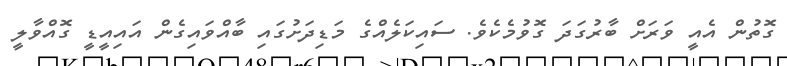
ގޮތުން އެއީ ވަރަށް ބާރުގަަދަ ގޮވުމެކެވެ. ސައިކަލެއްގެ މަޑިދަށުގައި ބާއްވައިގެން އައިއީޑީ ގޮއްވާލީ